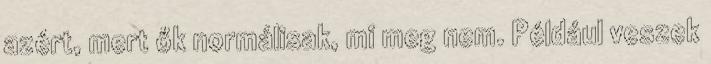
azért, mert ők normálisak, mi meg nem. Például veszek